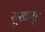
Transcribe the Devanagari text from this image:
सुखम्।।